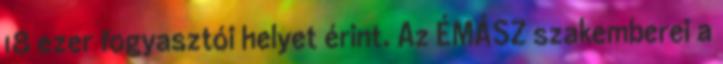
18 ezer fogyasztói helyet érint. Az ÉMÁSZ szakemberei a